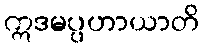
ဣဒမပ္ပဟာယာတိ